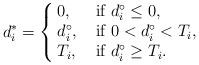
LaTeX: \begin{align*}d_i^*=\left\{\kern-1mm\begin{array}{ll} 0, &~\mbox{if}~d_i^\circ \le 0, \\ d_i^\circ, &~\mbox{if}~0<d_i^\circ<T_i,\\ T_i,&~\mbox{if}~d_i^\circ\ge T_i. \end{array}\right.\end{align*}